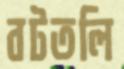
বটতলি